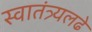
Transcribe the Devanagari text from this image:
स्वातंत्र्यलढे